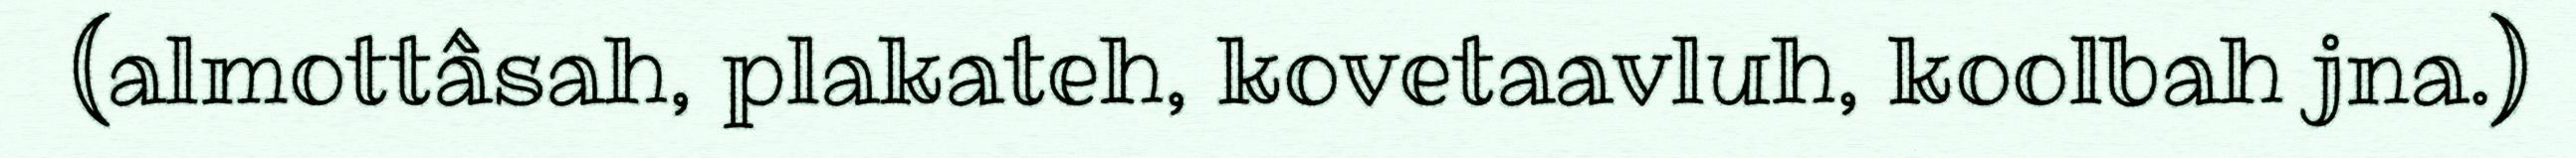
(almottâsah, plakateh, kovetaavluh, koolbah jna.)